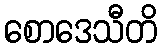
စောဒေသီတိ